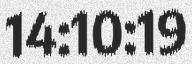
14:10:19